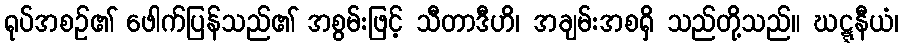
ရုပ်အစဉ်၏ ဖေါက်ပြန်သည်၏ အစွမ်းဖြင့် သီတာဒီဟိ၊ အချမ်းအစရှိ သည်တို့သည်။ ဃဋ္ဋနီယံ၊